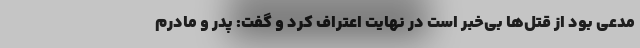
مدعی بود از قتل‌ها بی‌خبر است در نهایت اعتراف کرد و گفت: پدر و مادرم